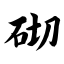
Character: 砌